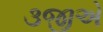
૩જીએ